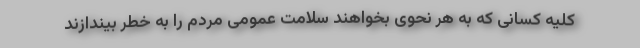
کلیه کسانی که به هر نحوی بخواهند سلامت عمومی مردم را به خطر بیندازند